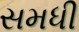
સમધી